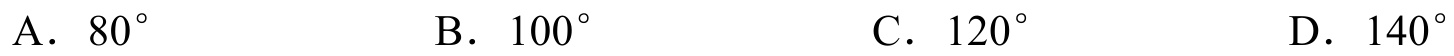
A. $80^{\circ}$  B. $100^{\circ}$  C. $120^{\circ}$  D. $140^{\circ}$